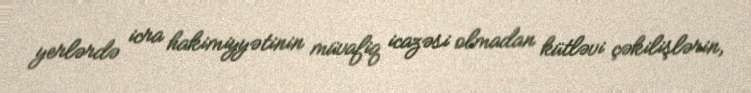
yerlərdə icra hakimiyyətinin müvafiq icazəsi olmadan kütləvi çəkilişlərin,